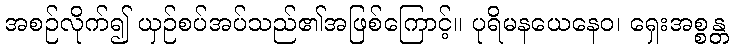
အစဉ်လိုက်၍ ယှဉ်စပ်အပ်သည်၏အဖြစ်ကြောင့်။ ပုရိမနယေနေဝ၊ ရှေးအစ္စန္တ